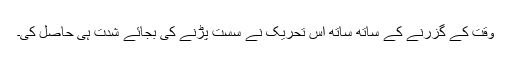
وقت کے گزرنے کے ساتھ ساتھ اس تحریک نے سست پڑنے کی بجائے شدت ہی حاصل کی۔